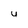
Character: u